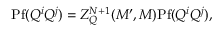
\mathrm { P f } ( Q ^ { i } Q ^ { j } ) = Z _ { Q } ^ { N + 1 } ( M ^ { \prime } , M ) \mathrm { P f } ( Q ^ { i } Q ^ { j } ) ,